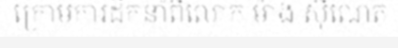
ក្រោមការដឹកនាំពីលោក ម៉ាង ស៊ីណេត